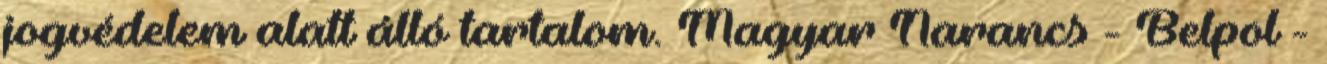
jogvédelem alatt álló tartalom. Magyar Narancs - Belpol -